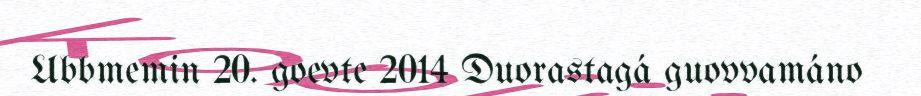
Ubbmemin 20. goevte 2014 Duorastagá guovvamáno